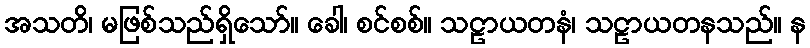
အသတိ၊ မဖြစ်သည်ရှိသော်။ ခေါ၊ စင်စစ်။ သဠာယတနံ၊ သဠာယတနသည်။ န